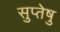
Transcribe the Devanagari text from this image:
सुप्तेषु